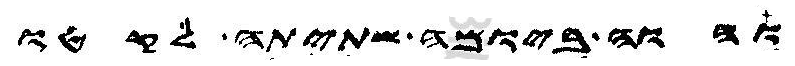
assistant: והוה ביומה שתיתה לקטו